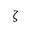
\zeta